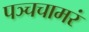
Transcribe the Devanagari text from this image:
पञ्चचामरं